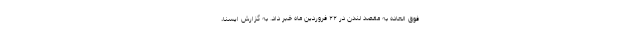
فوق العاده به مقصد لندن در ۲۲ فروردین ماه خبر داد. به گزارش ایسنا،